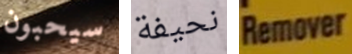
سيحبون نحيفة Remover